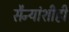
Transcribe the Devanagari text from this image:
सैन्यांशीही